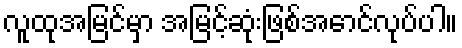
လူထုအမြင်မှာ အမြင့်ဆုံးဖြစ်အောင်လုပ်ပါ။